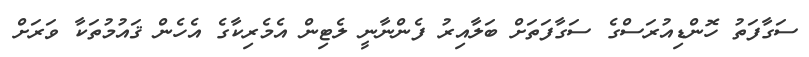
ސަގާފަތު ހޮންޑިއުރަސްގެ ސަގާފަތަށް ބަލާއިރު ފެންނާނީ ލެޓިން އެމެރިކާގެ އެހެން ޤައުމުތަކާ ވަރަށް